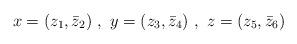
LaTeX: \begin{align*}x = (z_1,\bar{z}_2) ~,~ y = (z_3,\bar{z}_4) ~,~ z = (z_5,\bar{z}_6)\end{align*}